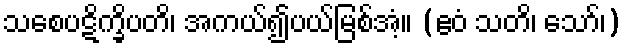
သစေပဋိက္ခိပတိ၊ အကယ်၍ပယ်မြစ်အံ့။ (ဧဝံ သတိ၊ သော်၊)